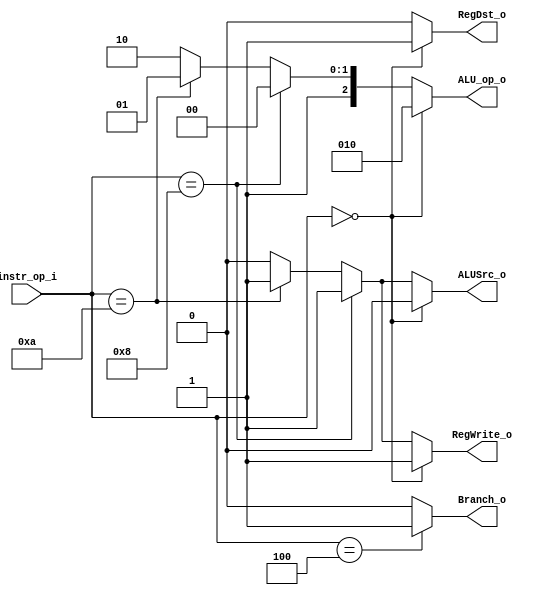
//Subject:     CO project 2 - Decoder
//--------------------------------------------------------------------------------
//Version:     1
//--------------------------------------------------------------------------------
//Writer:      Luke
//----------------------------------------------
//Date:        
//----------------------------------------------
//Description: 
//--------------------------------------------------------------------------------

module Decoder(
    instr_op_i,
	RegWrite_o,
	ALU_op_o,
	ALUSrc_o,
	RegDst_o,
	Branch_o
	);
     
//I/O ports
input  [6-1:0] instr_op_i;

output         RegWrite_o;
output [3-1:0] ALU_op_o;
output         ALUSrc_o;
output         RegDst_o;
output         Branch_o;
 
//Internal Signals
//reg    [3-1:0] ALU_op_o;
//reg            ALUSrc_o;
//reg            RegWrite_o;
//reg            RegDst_o;
//reg            Branch_o;

//Parameter

//R-Type: 000000
//addi: 001000
//slti: 001010
//beq: 000100
//Main function

	/*case(instr_op_i)
	6'b000000 : ALU_op_o <= 3'b010; ALUSrc_o <= 0; RegWrite_o <= 1; 
			RegDst_o <= 1; Branch_o <= 0;//R-Type
	6'b001000 : ALU_op_o <= 3'b100; ALUSrc_o <= 1; RegWrite_o <= 1; 
			RegDst_o <= 0; Branch_o <= 1;//addi
	6'b001010 : ALU_op_o <= 3'b101; ALUSrc_o <= 1; RegWrite_o <= 1; 
			RegDst_o <= 0; Branch_o <= 0;//slti
	6'b000100 : ALU_op_o <= 3'b110; ALUSrc_o <= 0; RegWrite_o <= 0; 
			RegDst_o <= 0; Branch_o <= 0;//beq
	endcase*/
assign ALU_op_o = (instr_op_i == 6'b000000 ) ? 3'b010 :
		  (instr_op_i == 6'b001000 ) ? 3'b100 :
		  (instr_op_i == 6'b001010 ) ? 3'b101 : 3'b110 ;
assign ALUSrc_o = (instr_op_i == 6'b000000 ) ? 0 :
		  (instr_op_i == 6'b001000 ) ? 1 :
		  (instr_op_i == 6'b001010 ) ? 1 : 0 ;
assign RegWrite_o = (instr_op_i == 6'b000000 ) ? 1 :
		    (instr_op_i == 6'b001000 ) ? 1 :
		    (instr_op_i == 6'b001010 ) ? 1 : 0;
assign RegDst_o = (instr_op_i == 6'b000000 ) ? 1 : 0;
assign Branch_o = (instr_op_i == 6'b000100 ) ? 1 : 0;
endmodule